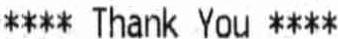
**** THANK YOU ****